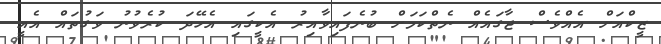
ޒީކްއަށް އެއްވެސް ޖާގައެއް ނެތްކަމަށް ބުނެފައިވާއިރު އެކީގައި އެހޭދަ ކުރެވުނު ވަގުތައް އެއީ